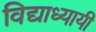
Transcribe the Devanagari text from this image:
विद्याध्यायी